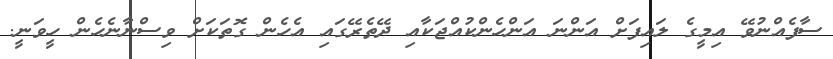
ސާފެއްނުވޭ އިމީގެ ލައިފަށް އަންނަ އަންހެންކުއްޖަކާއި ދޭތެރޭގައި އެހެން ގޮތަކަށް ވިސްނާނެހެން ހީވަނީ.